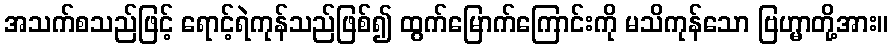
အသက်စသည်ဖြင့် ရောင့်ရဲကုန်သည်ဖြစ်၍ ထွက်မြောက်ကြောင်းကို မသိကုန်သော ဗြဟ္မာတို့အား။